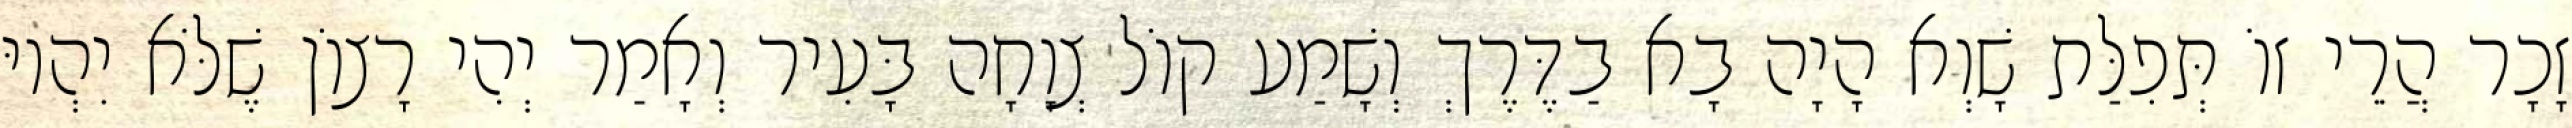
זָכָר הֲרֵי זוֹ תְּפִלַּת שָׁוְא הָיָה בָא בַדֶּרֶךְ וְשָׁמַע קוֹל צְוָחָה בָּעִיר וְאָמַר יְהִי רָצוֹן שֶׁלֹּא יִהְיוּ